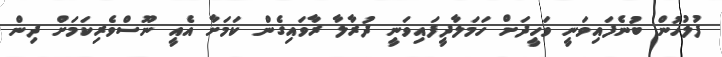
ފުލުހުން ބުނެފައިވަނީ ވަހީދަށް ހަމަލާދީފަަައިވަނީ ދުރާލާ ރާވައިގެން ކަމަށާ އެއީ ނޫސްވެރިކަމަށް ދިން